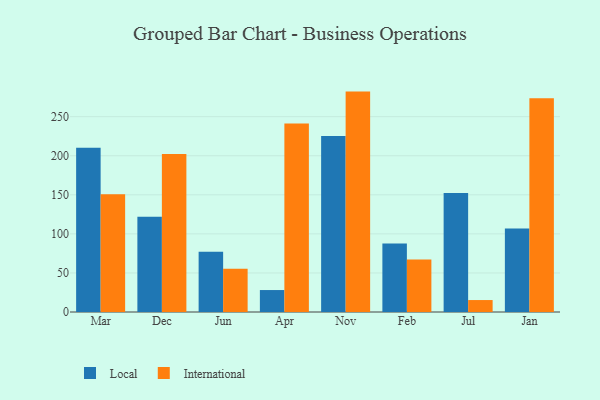
{"axis": {"x": "Month", "y": "Inventory Turnover"}, "legend": ["International", "Local"], "data": [{"x": "Mar", "y": 210.2, "type": "Local"}, {"x": "Mar", "y": 150.6, "type": "International"}, {"x": "Dec", "y": 122.0, "type": "Local"}, {"x": "Dec", "y": 202.1, "type": "International"}, {"x": "Jun", "y": 77.1, "type": "Local"}, {"x": "Jun", "y": 55.5, "type": "International"}, {"x": "Apr", "y": 28.1, "type": "Local"}, {"x": "Apr", "y": 241.2, "type": "International"}, {"x": "Nov", "y": 225.4, "type": "Local"}, {"x": "Nov", "y": 282.1, "type": "International"}, {"x": "Feb", "y": 87.6, "type": "Local"}, {"x": "Feb", "y": 67.2, "type": "International"}, {"x": "Jul", "y": 152.3, "type": "Local"}, {"x": "Jul", "y": 15.3, "type": "International"}, {"x": "Jan", "y": 106.8, "type": "Local"}, {"x": "Jan", "y": 273.5, "type": "International"}]}